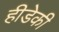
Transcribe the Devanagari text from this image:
हीडेकी